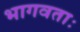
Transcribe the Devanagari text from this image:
भागवताः